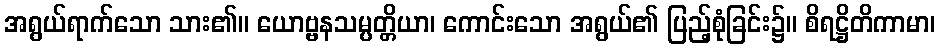
အရွယ်ရာက်သော သား၏။ ယောဗ္ဗနသမ္ပတ္တိယာ၊ ကောင်းသော အရွယ်၏ ပြည့်စုံခြင်း၌။ စိရဋ္ဌိတိကာမာ၊